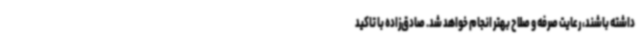
داشته باشند، رعایت صرفه و صلاح بهتر انجام خواهد شد. صادق‌زاده با تاکید